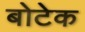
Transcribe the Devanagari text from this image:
बोटेक